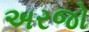
અરજો